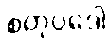
စတုပ္ပဒေါ